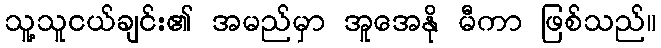
သူ့သူငယ်ချင်း၏ အမည်မှာ အူအေနို မီကာ ဖြစ်သည်။